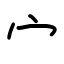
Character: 宀